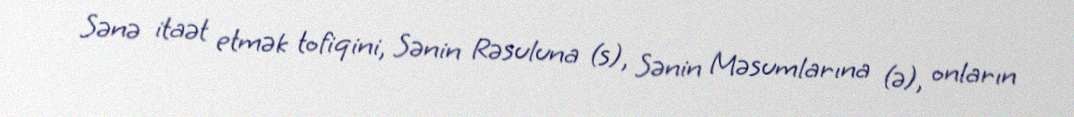
Sənə itaət etmək tofiqini, Sənin Rəsuluna (s), Sənin Məsumlarına (ə), onların